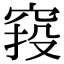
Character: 𥦆